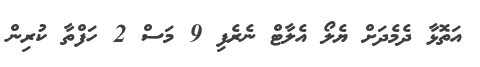
އަތޮޅާ ދެމެދަށް ޔެލޯ އެލާޓް ނެރެފި 9 މަސް 2 ހަފްތާ ކުރިން